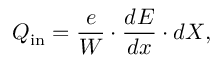
Q _ { \mathrm { i n } } = \frac { e } { W } \cdot \frac { d E } { d x } \cdot d X ,